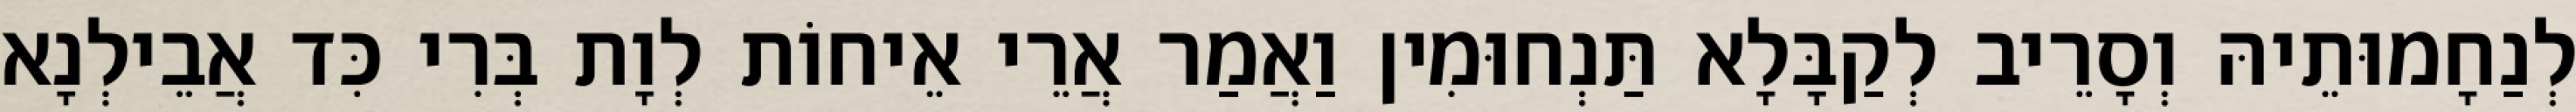
לְנַחָמוּתֵיהּ וְסָרֵיב לְקַבָּלָא תַּנְחוּמִין וַאֲמַר אֲרֵי אֵיחוֹת לְוָת בְּרִי כִּד אֲבֵילְנָא